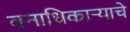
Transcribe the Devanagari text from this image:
वनाधिकार्‍याचे